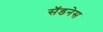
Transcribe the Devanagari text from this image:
सॅडनेस